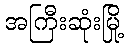
အကြီးဆုံးမြို့